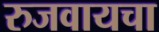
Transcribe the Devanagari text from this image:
रुजवायचा